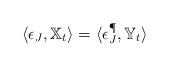
LaTeX: \begin{align*} \langle \epsilon_{J},\mathbb{X}_{t}\rangle=\langle \epsilon_{J}^\P,\mathbb{Y}_{t}\rangle\end{align*}